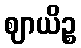
ဈာယိဉ္စ